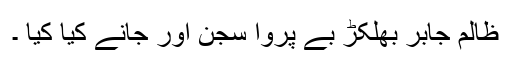
ظالم جابر بھلکڑ بے پروا سجن اور جانے کیا کیا ۔